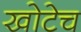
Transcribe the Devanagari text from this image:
खोटेच